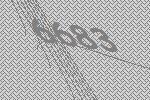
6683